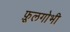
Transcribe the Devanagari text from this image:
फ़ूलगोभी